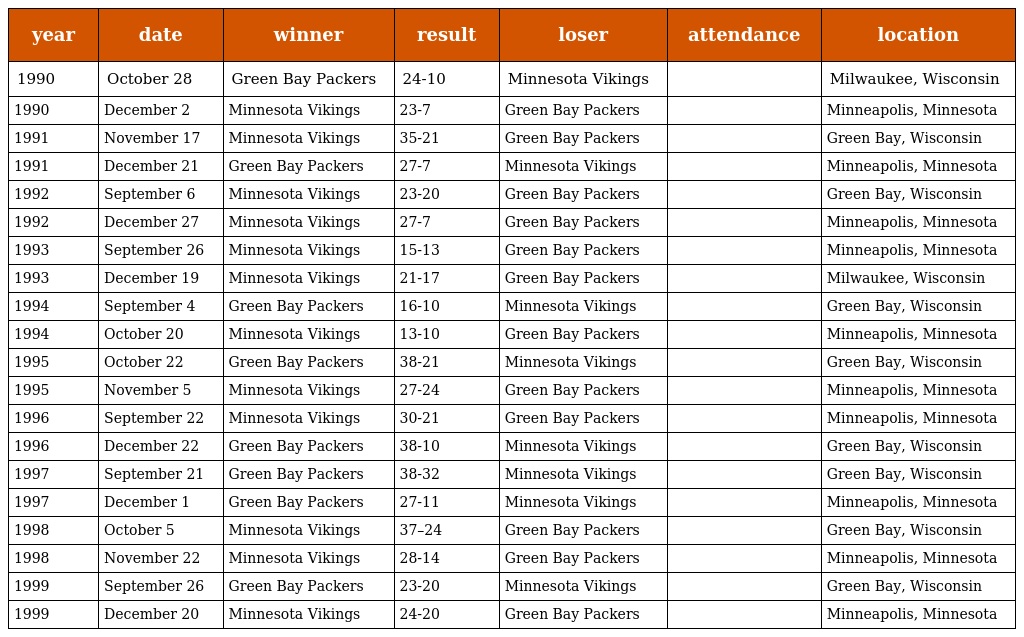
| year | date | winner | result | loser | attendance | location |
 | --- | --- | --- | --- | --- | --- | --- |
 | 1990 | October 28 | Green Bay Packers | 24-10 | Minnesota Vikings |  | Milwaukee, Wisconsin |
 | 1990 | December 2 | Minnesota Vikings | 23-7 | Green Bay Packers |  | Minneapolis, Minnesota |
 | 1991 | November 17 | Minnesota Vikings | 35-21 | Green Bay Packers |  | Green Bay, Wisconsin |
 | 1991 | December 21 | Green Bay Packers | 27-7 | Minnesota Vikings |  | Minneapolis, Minnesota |
 | 1992 | September 6 | Minnesota Vikings | 23-20 | Green Bay Packers |  | Green Bay, Wisconsin |
 | 1992 | December 27 | Minnesota Vikings | 27-7 | Green Bay Packers |  | Minneapolis, Minnesota |
 | 1993 | September 26 | Minnesota Vikings | 15-13 | Green Bay Packers |  | Minneapolis, Minnesota |
 | 1993 | December 19 | Minnesota Vikings | 21-17 | Green Bay Packers |  | Milwaukee, Wisconsin |
 | 1994 | September 4 | Green Bay Packers | 16-10 | Minnesota Vikings |  | Green Bay, Wisconsin |
 | 1994 | October 20 | Minnesota Vikings | 13-10 | Green Bay Packers |  | Minneapolis, Minnesota |
 | 1995 | October 22 | Green Bay Packers | 38-21 | Minnesota Vikings |  | Green Bay, Wisconsin |
 | 1995 | November 5 | Minnesota Vikings | 27-24 | Green Bay Packers |  | Minneapolis, Minnesota |
 | 1996 | September 22 | Minnesota Vikings | 30-21 | Green Bay Packers |  | Minneapolis, Minnesota |
 | 1996 | December 22 | Green Bay Packers | 38-10 | Minnesota Vikings |  | Green Bay, Wisconsin |
 | 1997 | September 21 | Green Bay Packers | 38-32 | Minnesota Vikings |  | Green Bay, Wisconsin |
 | 1997 | December 1 | Green Bay Packers | 27-11 | Minnesota Vikings |  | Minneapolis, Minnesota |
 | 1998 | October 5 | Minnesota Vikings | 37–24 | Green Bay Packers |  | Green Bay, Wisconsin |
 | 1998 | November 22 | Minnesota Vikings | 28-14 | Green Bay Packers |  | Minneapolis, Minnesota |
 | 1999 | September 26 | Green Bay Packers | 23-20 | Minnesota Vikings |  | Green Bay, Wisconsin |
 | 1999 | December 20 | Minnesota Vikings | 24-20 | Green Bay Packers |  | Minneapolis, Minnesota |